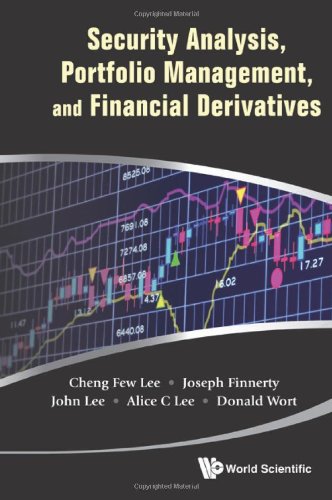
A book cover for Security Analysis, Portfolio Management, and Financial Derivatives; Cheng-Few Lee; Business & Money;